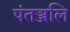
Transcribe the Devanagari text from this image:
पंतञ्जलि